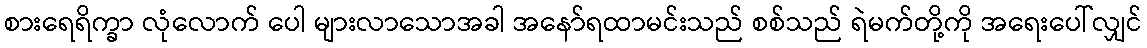
စားရေရိက္ခာ လုံလောက် ပေါ များလာသောအခါ အနော်ရထာမင်းသည် စစ်သည် ရဲမက်တို့ကို အရေးပေါ်လျှင်